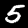
Digit: 5